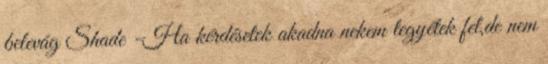
belevág Shade -Ha kérdésetek akadna nekem tegyétek fel,de nem